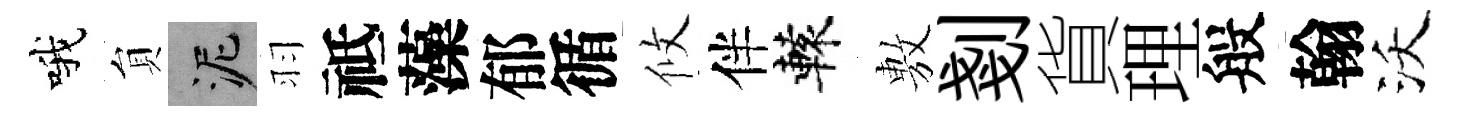
哦貟泥羽祗藻郁循攸伴轅𢾾剗貨理般翰沃